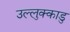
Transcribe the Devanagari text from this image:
उल्लुक्काडु